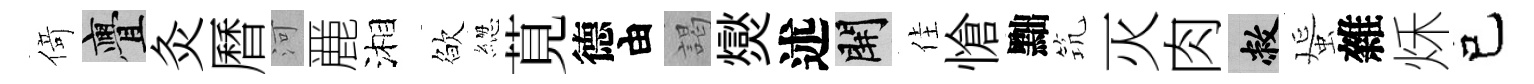
𠋣亹灸曆河䴡湘欲緫莧德由謁爕述開佳愴黜𥬑灭肉敝蜑雜秌己